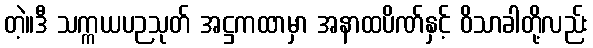
တဲ့။ဒီ သက္ကယပဉသုတ် အဋ္ဌကထာမှာ အနာထပိဏ်နှင့် ဝိသာခါတို့လည်း